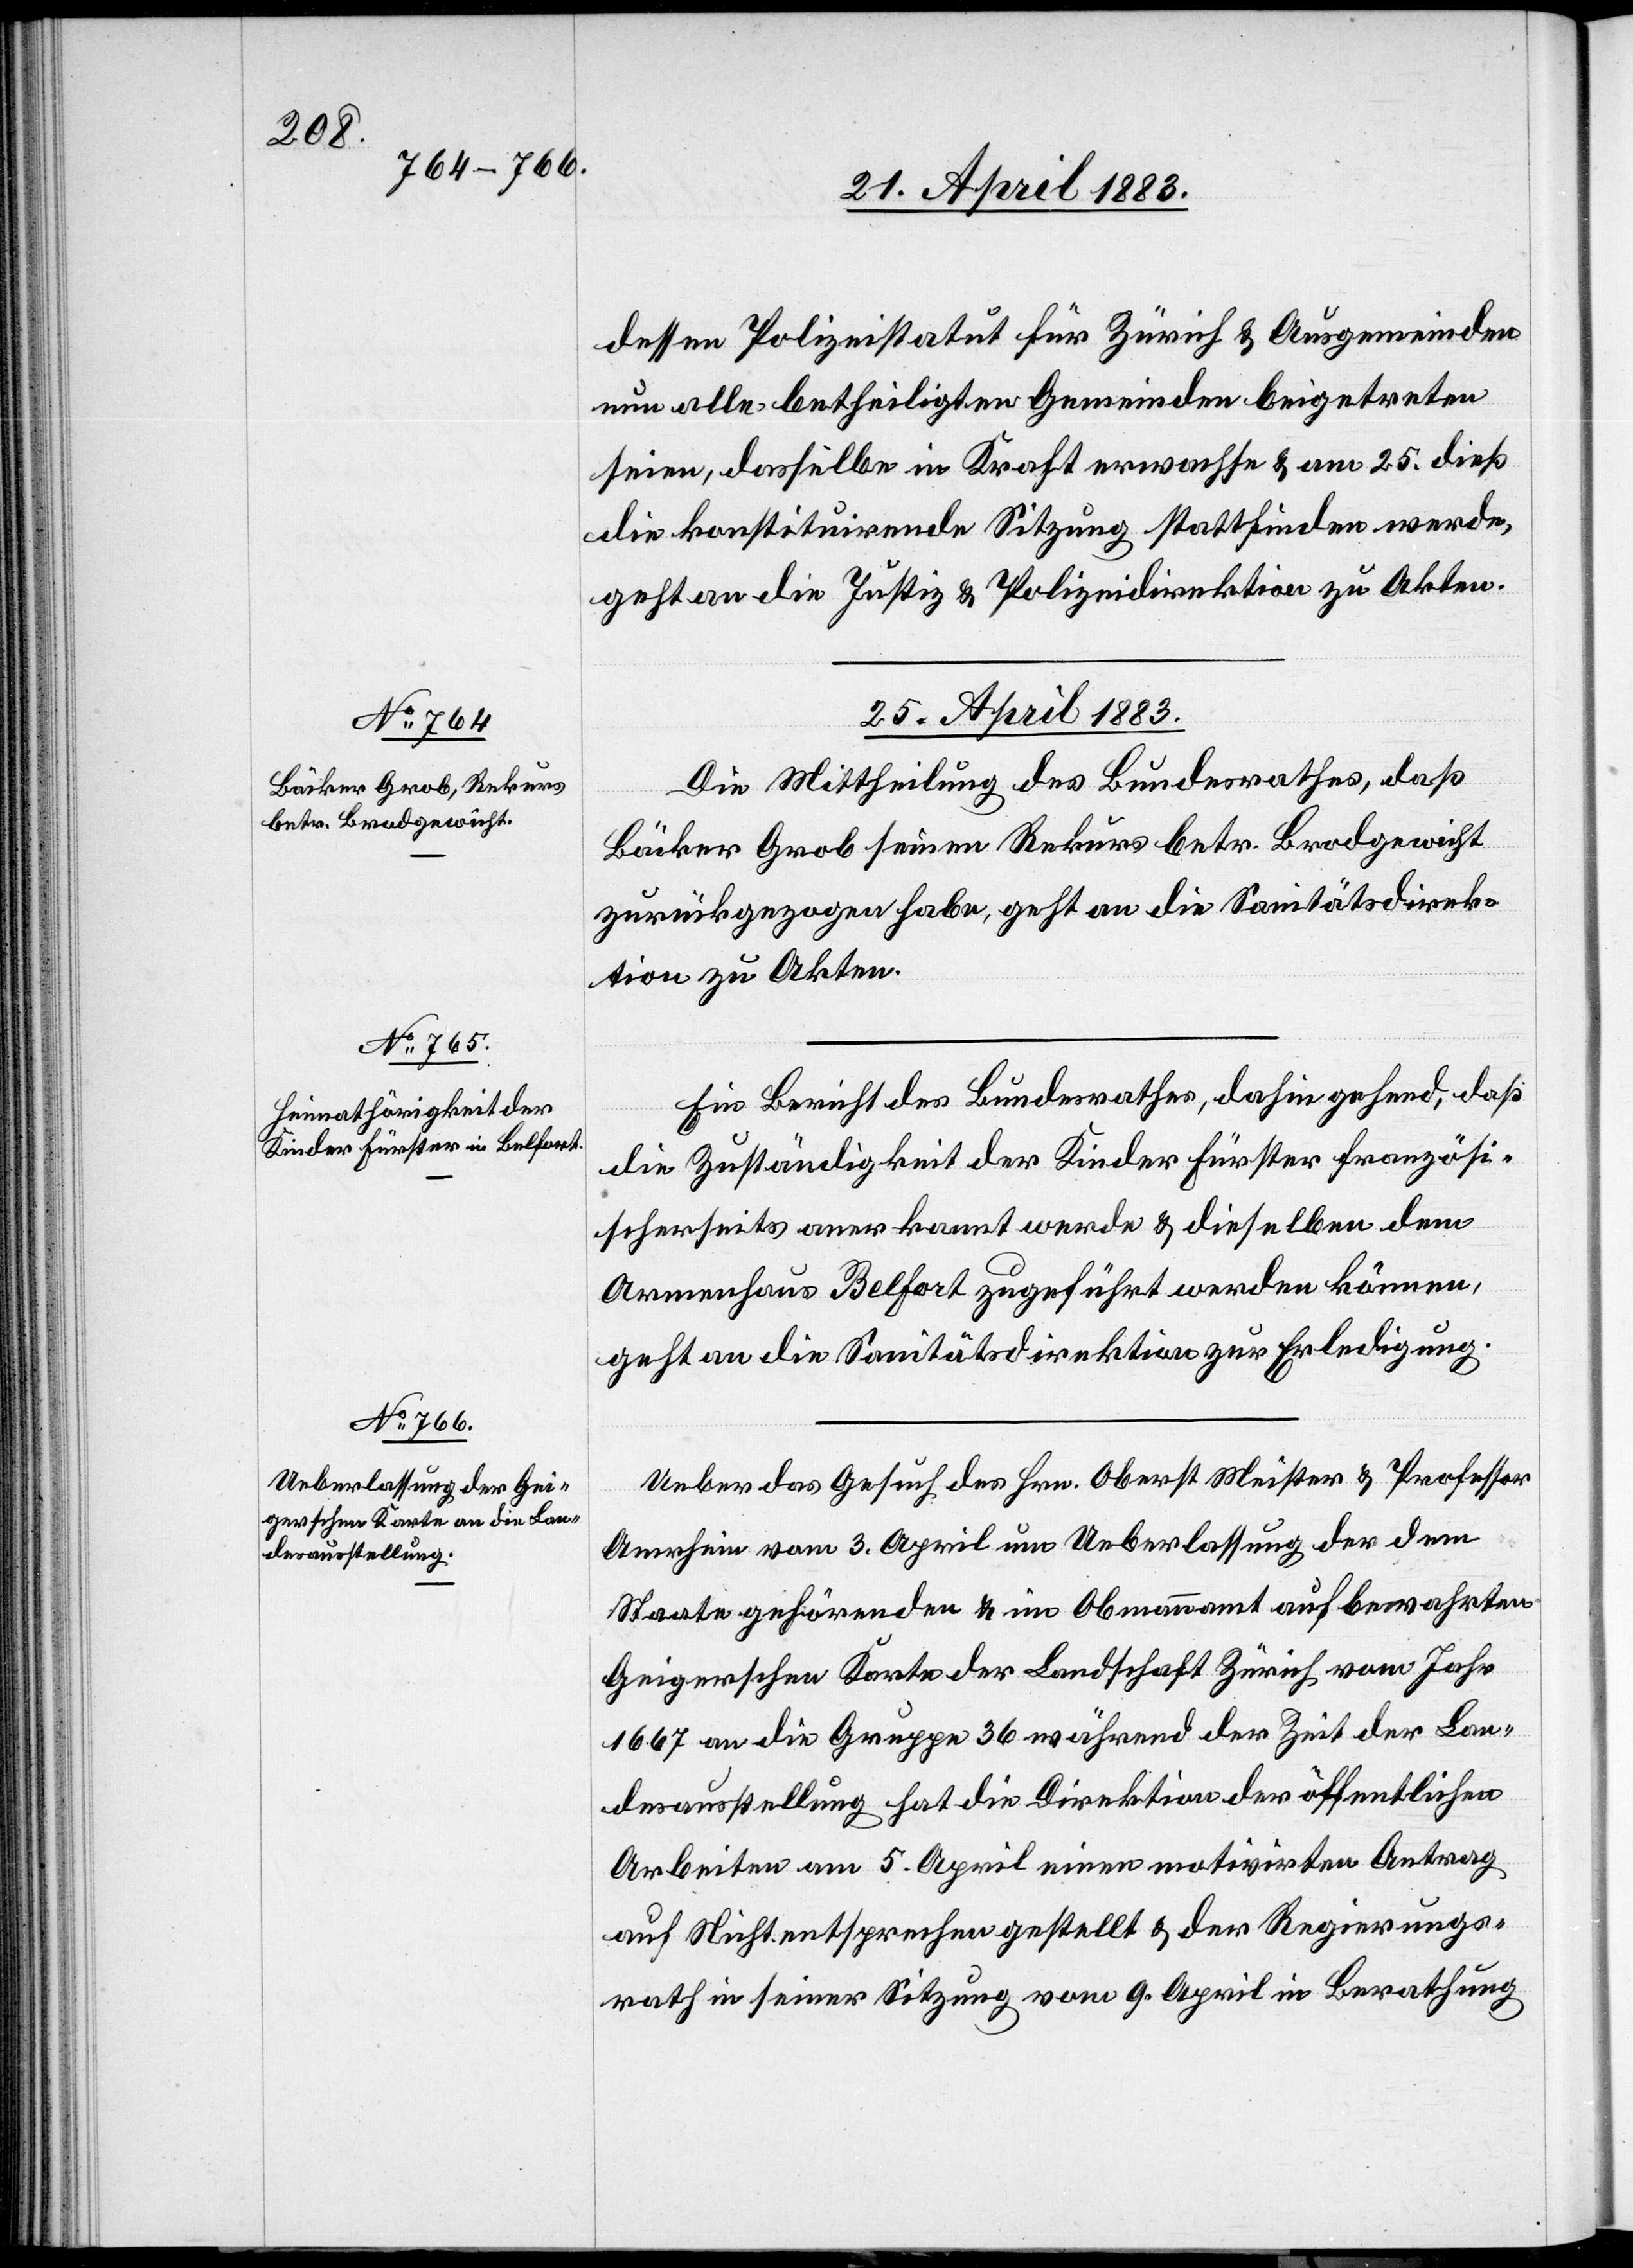
dessen Polizeistatut für Zürich & Ausgemeinden
nun alle betheiligten Gemeinden beigetreten
seien, dasselbe in Kraft erwachse & am 25. dieß
die konstituirende Sitzung stattfinden werde,
geht an die Justiz- & Polizeidirektion zu Akten.
25. April 1883.]
Die Mittheilung des Bundesrathes, daß
Bäcker Grob seinen Rekurs betr. Brodgewicht
zurückgezogen habe, geht an die Sanitätsdirek¬
tion zu Akten.
Ein Bericht des Bundesrathes, dahin gehend, daß
die Zuständigkeit der Kinder Fürster französi¬
scherseits anerkannt werde & dieselben dem
Armenhaus Belfort zugeführt werden können,
geht an die Sanitätsdirektion zur Erledigung.
Ueber das Gesuch des Hrn. Oberst Meister & Professor
Amrhein vom 3. April um Ueberlassung der dem
Staate gehörenden & im Obmannamt aufbewahrten
Geigerschen Karte der Landschaft Zürich vom Jahr
1667 an die Gruppe 36 während der Zeit der Lan¬
desausstellung hat die Direktion der öffentlichen
Arbeiten am 5. April einen motivirten Antrag
auf Nichtentsprechen gestellt & der Regierungs¬
rath in seiner Sitzung vom 9. April in Berathung